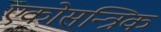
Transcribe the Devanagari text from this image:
एकोसन्त्रिक